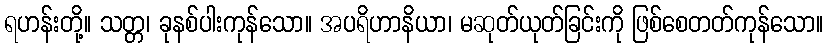
ရဟန်းတို့။ သတ္တ၊ ခုနစ်ပါးကုန်သော။ အပရိဟာနိယာ၊ မဆုတ်ယုတ်ခြင်းကို ဖြစ်စေတတ်ကုန်သော။